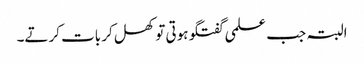
البتہ جب علمی گفتگو ہوتی تو کھل کر بات کرتے۔